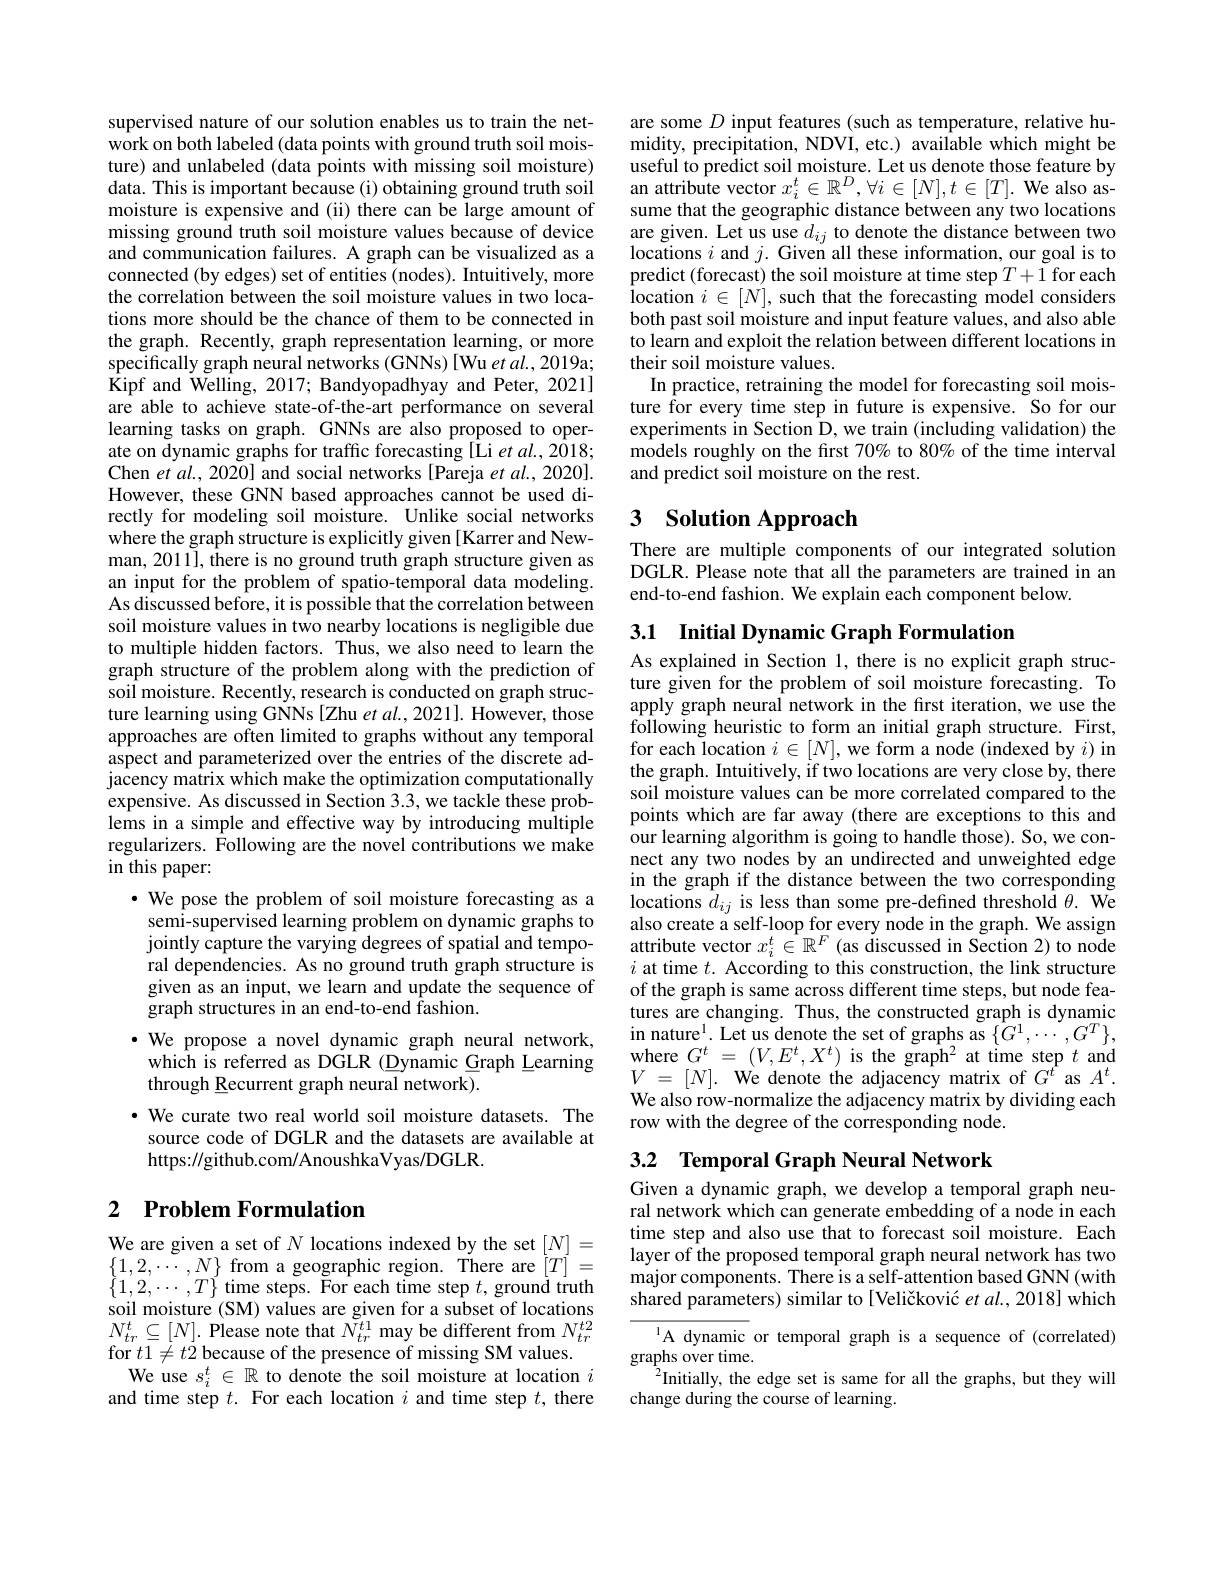
supervised nature of our solution enables us to train the network on both labeled (data points with ground truth soil moisture) and unlabeled (data points with missing soil moisture) data. This is important because (i) obtaining ground truth soil moisture is expensive and (ii) there can be large amount of missing ground truth soil moisture values because of device and communication failures. A graph can be visualized as a connected (by edges) set of entities (nodes). Intuitively, more the correlation between the soil moisture values in two locations more should be the chance of them to be connected in the graph. Recently, graph representation learning, or more specifically graph neural networks (GNNs) [Wu et al.2019a; Kipf and Welling, 2017; Bandyopadhyay and Peter, 2021] are able to achieve state-of-the-art performance on several learning tasks on graph. GNNs are also proposed to operate on dynamic graphs for traffic forecasting [Li et al., 2018; Chen $etal.,2020]$ and social networks [Pareja et al., 2020]. However, these GNN based approaches cannot be used directly for modeling soil moisture. Unlike social networks where the graph structure is explicitly given [Karrer and Newman, 2011], there is no ground truth graph structure given as an input for the problem of spatio-temporal data modeling. As discussed before, it is possible that the correlation between soil moisture values in two nearby locations is negligible due to multiple hidden factors. Thus, we also need to learn the graph structure of the problem along with the prediction of soil moisture. Recently, research is conducted on graph structure learning using GNNs [Zhu et al., 2021]. However, those approaches are often limited to graphs without any temporal aspect and parameterized over the entries of the discrete adjacency matrix which make the optimization computationally expensive. As discussed in Section 3.3, we tackle these problems in a simple and effective way by introducing multiple regularizers. Following are the novel contributions we make in this paper:
$\bullet$ We pose the problem of soil moisture forecasting as a
semi-supervised learning problem on dynamic graphs to jointly capture the varying degrees of spatial and temporal dependencies. As no ground truth graph structure is given as an input, we learn and update the sequence of graph structures in an end-to-end fashion.
$\cdot$ We propose a novel dynamic graph neural network,
which is referred as DGLR (Dynamic Graph Learning
through Recurrent graph neural network).
· We curate two real world soil moisture datasets. The
source code of DGLR and the datasets are available at
https://github.com/AnoushkaVyas/DGLR.

# 2 Problem Formulation

We are given a set of $N$ locations indexed by the set $[N]=$ $\{1,2,\cdots,N\}$ from a geographic region. There are $[T]=$ $\{1,2,\cdots,T\}$ time steps. For each time step $t$,ground truth soil moisture (SM) values are given for a subset of locations $N_{tr}^{t}\subseteq[N].$ Please note that $N_tr^{t1}$ may be different from $N_tr^{t2}$ for $t1\neq t2$ because of the presence of missing SM values.
We use $s_i^t\in\mathbb{R}$ to denote the soil moisture at location $i$ and time step $t.$ For each location $i$ and time step $t$, there

are some $D$ input features (such as temperature, relative humidity, precipitation, NDVI, etc.) available which might be useful to predict soil moisture. Let us denote those feature by an attribute vector $x_i^t\in\mathbb{R}^D,\forall i\in[N],t\in[T].$ We also assume that the geographic distance between any two locations are given. Let us use $d_ij$ to denote the distance between two locations $i$ and $j.$ Given all these information, our goal is to predict (forecast) the soil moisture at time step $T+1$ for each ${\mathrm{iocation~}i\in[N]}$, such that the forecasting model considers both past soil moisture and input feature values, and also able to learn and exploit the relation between different locations in their soil moisture values.
In practice, retraining the model for forecasting soil moisture for every time step in future is expensive. So for our experiments in Section D, we train (including validation) the models roughly on the first 70% to 80% of the time interval and predict soil moisture on the rest.

# 3 Solution Approach

There are multiple components of our integrated solution DGLR. Please note that all the parameters are trained in an end-to-end fashion. We explain each component below.

3.1 Initial Dynamic Graph Formulation

As explained in Section 1, there is no explicit graph structure given for the problem of soil moisture forecasting. To apply graph neural network in the first iteration, we use the following heuristic to form an initial graph structure. First, for each location $i\in[N]$,we form a node (indexed by $i)$ in the graph. Intuitively, if two locations are very close by, there soil moisture values can be more correlated compared to the points which are far away (there are exceptions to this and our learning algorithm is going to handle those). So, we connect any two nodes by an undirected and unweighted edge in the graph if the distance between the two corresponding locations $d_{ij}$ is less than some pre-defined threshold $\theta.$ We also create a self-loop for every node in the graph. We assign attribute vector $x_i^t\in\mathbb{R}^F$ (as discussed in Section 2) to node $i$ at time $t.$ According to this construction, the link structure of the graph is same across different time steps, but node features are changing. Thus, the constructed graph is dynamic in nature$^1.$ Let us denote the set of graphs as $\{\hat{G}^1,\cdots,G^T\}$, $\begin{array}{l}\mathrm{where~}G^{t}\:=\:(V,E^{t},X^{t})\:\mathrm{is~the~graph}^{2}\:\mathrm{at~time~step~}t\:\mathrm{and}\\V\:=\:[N].\:\mathrm{We~denote~the~adjacency~matrix~of~}G^{t}\:\mathrm{as~}A^{t}.\end{array}$ We also row-normalize the adjacency matrix by dividing each row with the degree of the corresponding node.

## 3.2 Temporal Graph Neural Network

Given a dynamic graph, we develop a temporal graph neural network which can generate embedding of a node in each time step and also use that to forecast soil moisture. Each layer of the proposed temporal graph neural network has two major components. There is a self-attention based GNN (with shared parameters) similar to[Veličković $etal.,2018]$ which

A dynamic or temporal graph is a sequence of (correlated)
graphs over time.
$^{2}$Initially, the edge set is same for all the graphs, but they will
change during the course of learning.